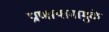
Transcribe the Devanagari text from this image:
प्राणायामामुळे